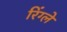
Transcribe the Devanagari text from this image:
रिंग्ले